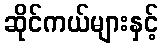
ဆိုင်ကယ်များနှင့်